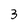
Character: 3